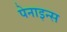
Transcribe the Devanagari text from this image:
पेनाइन्स